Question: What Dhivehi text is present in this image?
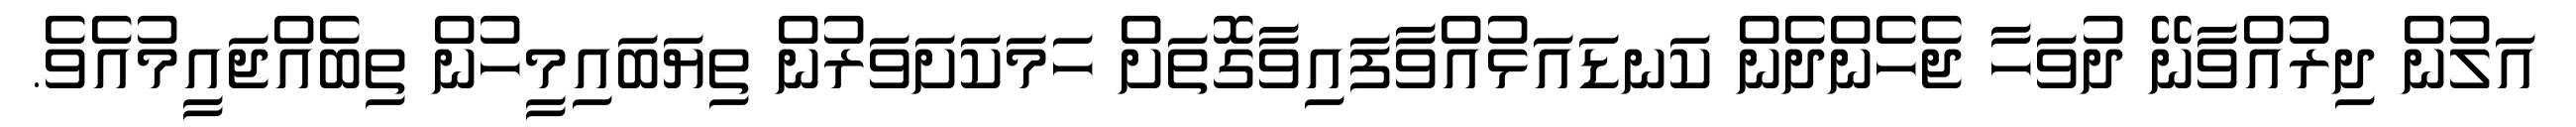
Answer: އަލުން ދިރުއްވާނޭ ދުވަހާ ޖެހެންދެން ކަނޑައަޅުއްވާފައިވާގޮތަށް ހަމަކަށަވަރުން ތިޔަބައިމީހުން ތިބެއްޖައީމުއެވެ.